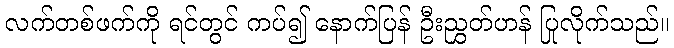
လက်တစ်ဖက်ကို ရင်တွင် ကပ်၍ နောက်ပြန် ဦးညွှတ်ဟန် ပြုလိုက်သည်။